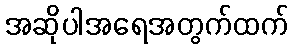
အဆိုပါအရေအတွက်ထက်